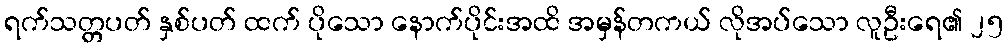
ရက်သတ္တပတ် နှစ်ပတ် ထက် ပိုသော နောက်ပိုင်းအထိ အမှန်တကယ် လိုအပ်သော လူဦးရေ၏ ၂၅